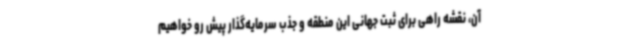
آن، نقشه راهی برای ثبت جهانی این منطقه و جذب سرمایه‌گذار پیش رو خواهیم